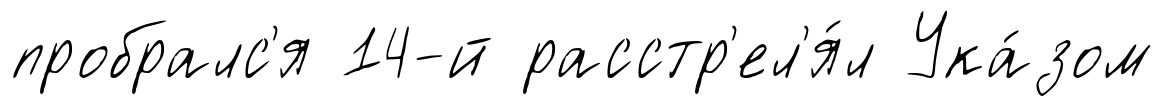
пробралс'я 14-й расстр'ел'я́л Ука́зом